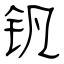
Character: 钒